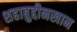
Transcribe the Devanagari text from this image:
शहाबुद्दीनखान